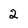
Character: 2